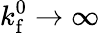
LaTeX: k_{\mathrm{f}}^{0}\rightarrow\infty